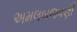
અમલબજવણી